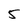
Character: 5